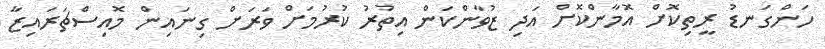
ހަންގަނޑު ރީތިކޮށް އޮމާންކޮށް އަދި ޒުވާންކަން އިތުރު ކުރުމަށް ވަރަށް ގިނައިން މޮއިސްޗަރައިޒާ